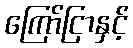
ကြော်ငြာနှင့်